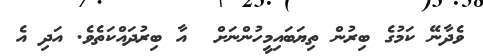
ވެދާނޭ ކަމުގެ ބިރުން ތިޔަބައިމީހުންނަށް  އާ ބިރުދައްކަތެވެ. އަދި އެ